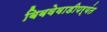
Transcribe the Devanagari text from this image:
बिबवेवाडीपर्यंत